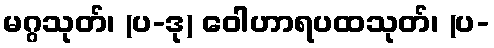
မဂ္ဂသုတ်၊ (ပ-ဒု) ဝေါဟာရပထသုတ်၊ (ပ-